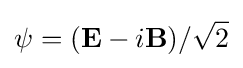
\psi =(\mathbf {E} -i\mathbf {B} )/{\sqrt {2}}